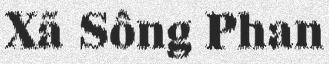
Xã Sông Phan